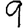
Digit: 9